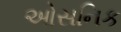
ઓસનિક